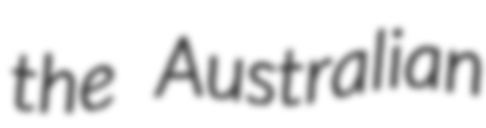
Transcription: the Australian